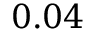
0 . 0 4